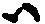
尉